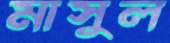
মাসুল